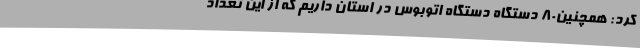
کرد: همچنین80 دستگاه دستگاه اتوبوس در استان داریم که از این تعداد